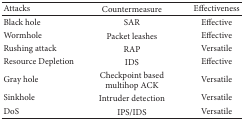
<table><thead><tr><td><b>Attacks</b></td><td><b>Countermeasure</b></td><td><b>Effectiveness</b></td></tr></thead><tbody><tr><td>Black hole</td><td>SAR</td><td>Effective</td></tr><tr><td>Wormhole</td><td>Packet leashes</td><td>Effective</td></tr><tr><td>Rushing attack</td><td>RAP</td><td>Versatile</td></tr><tr><td>Resource Depletion</td><td>IDS</td><td>Effective</td></tr><tr><td>Gray hole</td><td>Checkpoint based multihop ACK</td><td>Versatile</td></tr><tr><td>Sinkhole</td><td>Intruder detection</td><td>Versatile</td></tr><tr><td>DoS</td><td>IPS/IDS</td><td>Versatile</td></tr></tbody></table>